Annual report on the working of the lock hospitals in the North-Western Provinces and Oudh
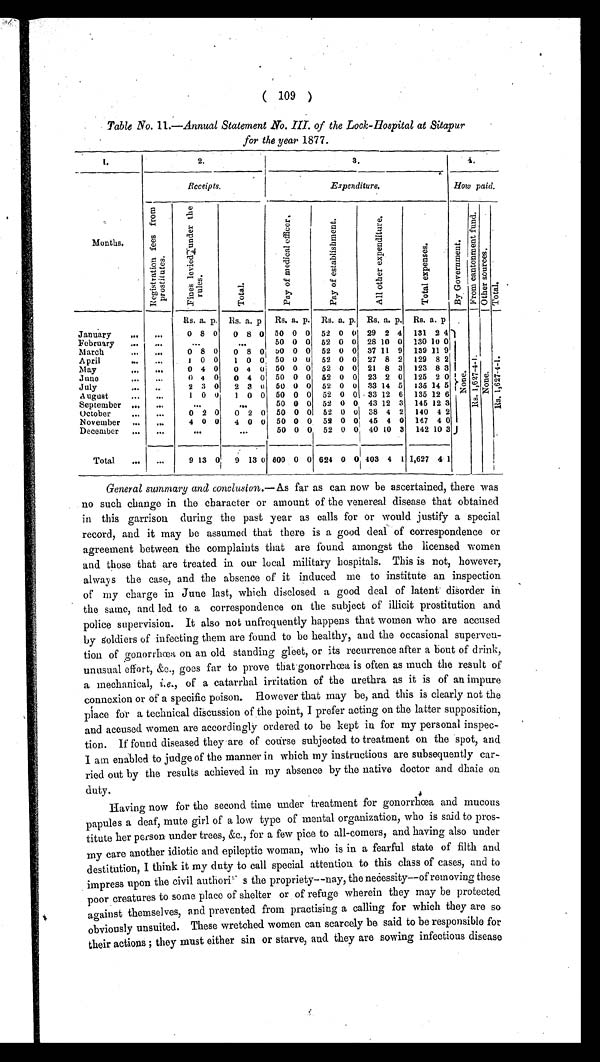
( 109 )
Table No. 11.—Annual Statement No. III. of the Lock-Hospital at Sitapur
for the year 1877.
1.
2.
3 .
4 .
Months.
Receipts.
Expenditure.
How paid.
R e g i s t r a t i o n f e e s f r o m p r o s t i t u t e s .
F i n e s l e v i e d u n d e r t h e r u l e s .
T o t a l .
P a y o f m e d i c a l o f f i c e r .
P a y o f e s t a b l i s h m e n t .
A l l o t h e r e x p e n d i t u r e .
T o t a l e x p e n s e s .
B y G o v e r n m e n t .
F r o m c a n t o n m e n t f u n d .
O t h e r s o u r c e s .
T o t a l .
Rs. a. p. Rs. a. p. Rs. a. p. Rs. a. p. Rs. a. p. Rs. a. p.
January
... ...
0 8 0 0 8 0 50 0 0 52 0 0 29 2 4 131 2 4
None. R s . 1 , 6 2 7 - 4 - 1 .
None.
R s . 1 , 6 2 7 - 4 - 1 .
F e b r u a r y
. . . ...
...
. . . 50 0 0 52 0 0 28
1 0 0 130 1 0 0
March
.••
...
0 8 0 0 8 0
5 0 0 0 52 0 0 37
1 1 9 139 11 9
April
...
1 0 0
1 0 0 50 0 0 52 0 0 27 8 2 129 8 2
May
...
0 4 0 0 4 0 50 0 0 52 0 0 21 8 3 123 8 3
June
.•.
...
0 4 0 0 4 0 50 0 0 52 0 0 23 2 0 125 2 0
July
••• ...
2 3 0 2 3 0 50 0 0 52 0 0 33 14 5 135 14 5
August
•••
...
1 0 0
1 0 0 50 0 0 52 0 0 33 12 6 135 12 6
September ...
. . .
...
. . . 50 0 0 52 0 0 43 12 3 145 12 3
October
.•4
...
0 2 0 0 2 0 50 0 0 52 0 0 38 4 2 140 4 2
November ,..
...
4 0 0 4 0 0 50 0 0 52 0 0 45 4 0 147 4 0
December ...
...
. . .
. . .
50 0 0 52 0 0 40 10 3 142 10 3
Total
... ...
9 13 0 9 13 0 800 0 0 624 0 0 403 4 1 1,627 4 1
General summary and conclusion.— As far as can now be ascertained, there was
no such change in the character or amount of the venereal disease that obtained
in this garrison during the past year as calls for or would justify a special
record, and it may be assumed that there is a good deal of correspondence or
agreement between the complaints that are found amongst the licensed women
and those that are treated in our local military hospitals. This is not, however,
always the case, and the absence of it induced me to institute an inspection
of my charge in June last, which disclosed a good deal of latent disorder in
the same, and led to a correspondence on the subject of illicit prostitution and
police supervision. It also not unfrequently happens that women who are accused
by soldiers of infecting them are found to be healthy, and the occasional superven-
tion of gonorrhœa on an old standing gleet, or its recurrence after a bout of drink,
unusual effort, &c., goes far to prove that gonorrhœa is often as much the result of
a mechanical, i.e., of a catarrhal irritation of the urethra as it is of an impure
connexion or of a specific poison. However that may be, and this is clearly not the
place for a technical discussion of the point, I prefer acting on the latter supposition,
and accused women are accordingly ordered to be kept in for my personal inspec-
tion. If found diseased they are of course subjected to treatment on the spot, and
I am enabled to judge of the manner in which my instructions are subsequently car-
ried out by the results achieved in my absence by the native doctor and dhaie on
duty.
Having now for the second time under treatment for gonorrhœa and mucous
papules a deaf, mute girl of a low type of mental organization, who is said to pros-
titute her person under trees, &c., for a few pice to all-comers, and having also under
my care another idiotic and epileptic woman, who is in a fearful state of filth and
destitution, I think it my duty to call special attention to this class of cases, and to
impress upon the civil authoris the propriety—nay, the necessity—of removing these
poor creatures to some place of shelter or of refuge wherein they may be protected
against themselves, and prevented from practising a calling for which they are so
obviously unsuited. These wretched women can scarcely be said to be responsible for
their actions; they must either sin or starve, and they are sowing infectious disease